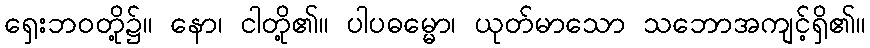
ရှေးဘဝတို့၌။ နော၊ ငါတို့၏။ ပါပဓမ္မော၊ ယုတ်မာသော သဘောအကျင့်ရှိ၏။